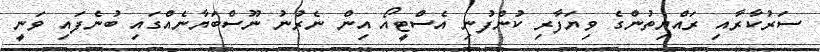
ސަރުކާރާއި ރައްޔިތުންގެ ވިޔަފާރި ކުންފުނި އެސްޓީއޯ އިން ނެރުނު ނޫސްބަޔާނެއްގައި ބުނެފައި ވަނީ